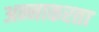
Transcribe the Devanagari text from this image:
अन्नाकरता